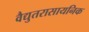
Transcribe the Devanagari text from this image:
वैद्युतरासायनिक